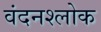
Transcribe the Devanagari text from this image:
वंदनश्लोक